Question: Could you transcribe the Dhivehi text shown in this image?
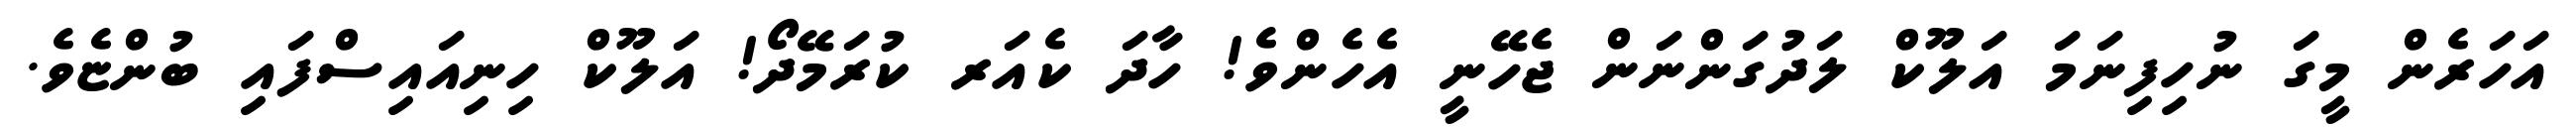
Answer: އަހަރެން މީގަ ނުހިފިނަމަ އަލޫކް ލަދުގަންނަން ޖެހޭނީ އެހެންވެ! ހާދަ ކެއަރ ކުރަމޭދޯ! އަލޫކް ހިނިއައިސްފައި ބުންޏެވެ.